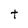
Character: t